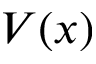
V ( x )